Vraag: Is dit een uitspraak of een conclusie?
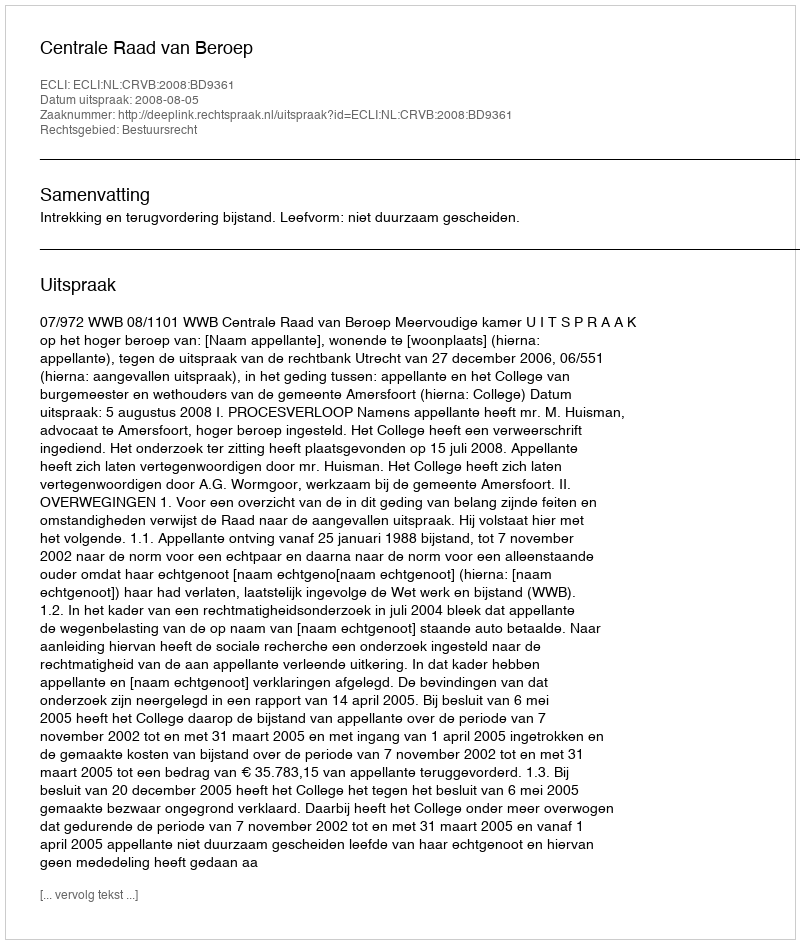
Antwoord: Uitspraak